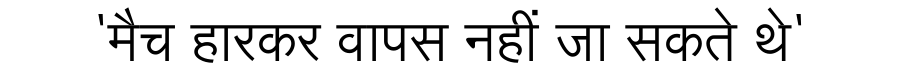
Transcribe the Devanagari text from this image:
'मैच हारकर वापस नहीं जा सकते थे'